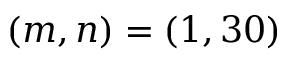
( m , n ) = ( 1 , 3 0 )